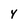
Character: 4